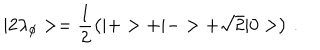
| 2 \lambda _ { \phi } > = \frac { 1 } { 2 } \left( | + > + | - > + \sqrt { 2 } | 0 > \right) \, .